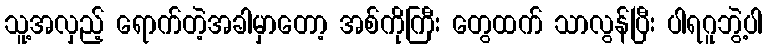
သူ့အလှည့် ရောက်တဲ့အခါမှာတော့ အစ်ကိုကြီး တွေထက် သာလွန်ပြီး ပါရဂူဘွဲ့ပါ